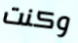
وكنت